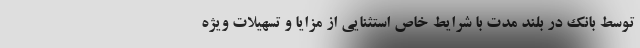
توسط بانک در بلند مدت با شرایط خاص استثنایی از مزایا و تسهیلات ویژه